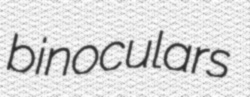
binoculars